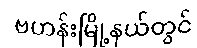
ဗဟန်းမြို့နယ်တွင်